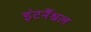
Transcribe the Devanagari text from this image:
इंटर्नैश्नल